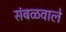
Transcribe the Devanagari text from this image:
संबळवाले